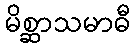
မိစ္ဆာသမာဓီ